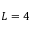
L = 4